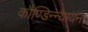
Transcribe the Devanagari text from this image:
कौण्डिन्न्यायन